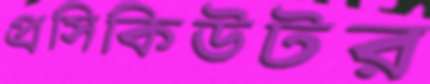
প্রসিকিউটর